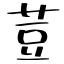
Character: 荳